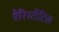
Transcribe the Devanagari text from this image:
ऐरिस्टॉटिल